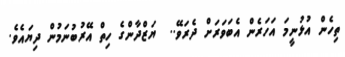
ތިހެން އުޅުނީމަ އަހަރެން އެބަވަރަށް ދެރަވޭ..  ޔަޒްދާންގެ ހިތް އޭރުބުނަމުން ދިޔައެވެ.